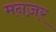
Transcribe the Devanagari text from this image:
मनज़र